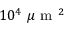
1 0 ^ { 4 } \mathrm { ~ } \mu \mathrm { ~ m ~ } ^ { 2 }